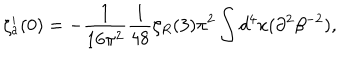
\zeta _ { a } ^ { \prime } ( 0 ) = - { \frac { 1 } { 1 6 \pi ^ { 2 } } } { \frac { 1 } { 4 8 } } \zeta _ { R } ( 3 ) \pi ^ { 2 } \int d ^ { 4 } x ( \partial ^ { 2 } \beta ^ { - 2 } ) ,